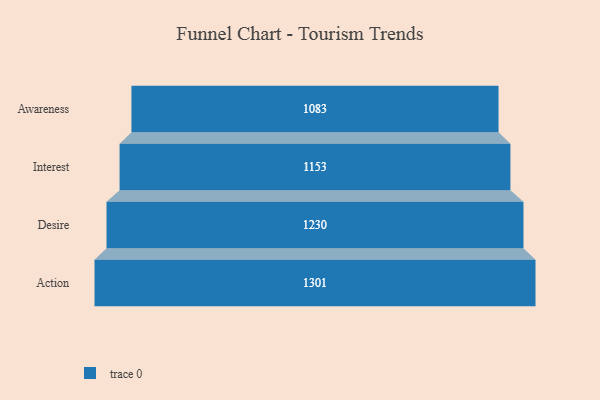
{"axis": {"x": "Stage", "y": "Value"}, "legend": [""], "data": [{"x": "Awareness", "y": 1083.0, "type": ""}, {"x": "Interest", "y": 1153.0, "type": ""}, {"x": "Desire", "y": 1230.0, "type": ""}, {"x": "Action", "y": 1301.0, "type": ""}]}